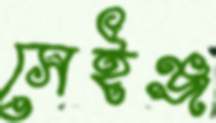
সেইঞ্জ